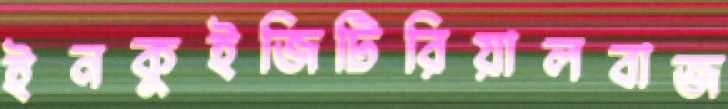
ইনকুইজিটিরিয়ালবাজ